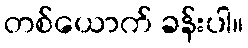
တစ်ယောက် ခန်းပါ။